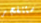
ستنفجر